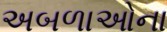
અબળાઓના